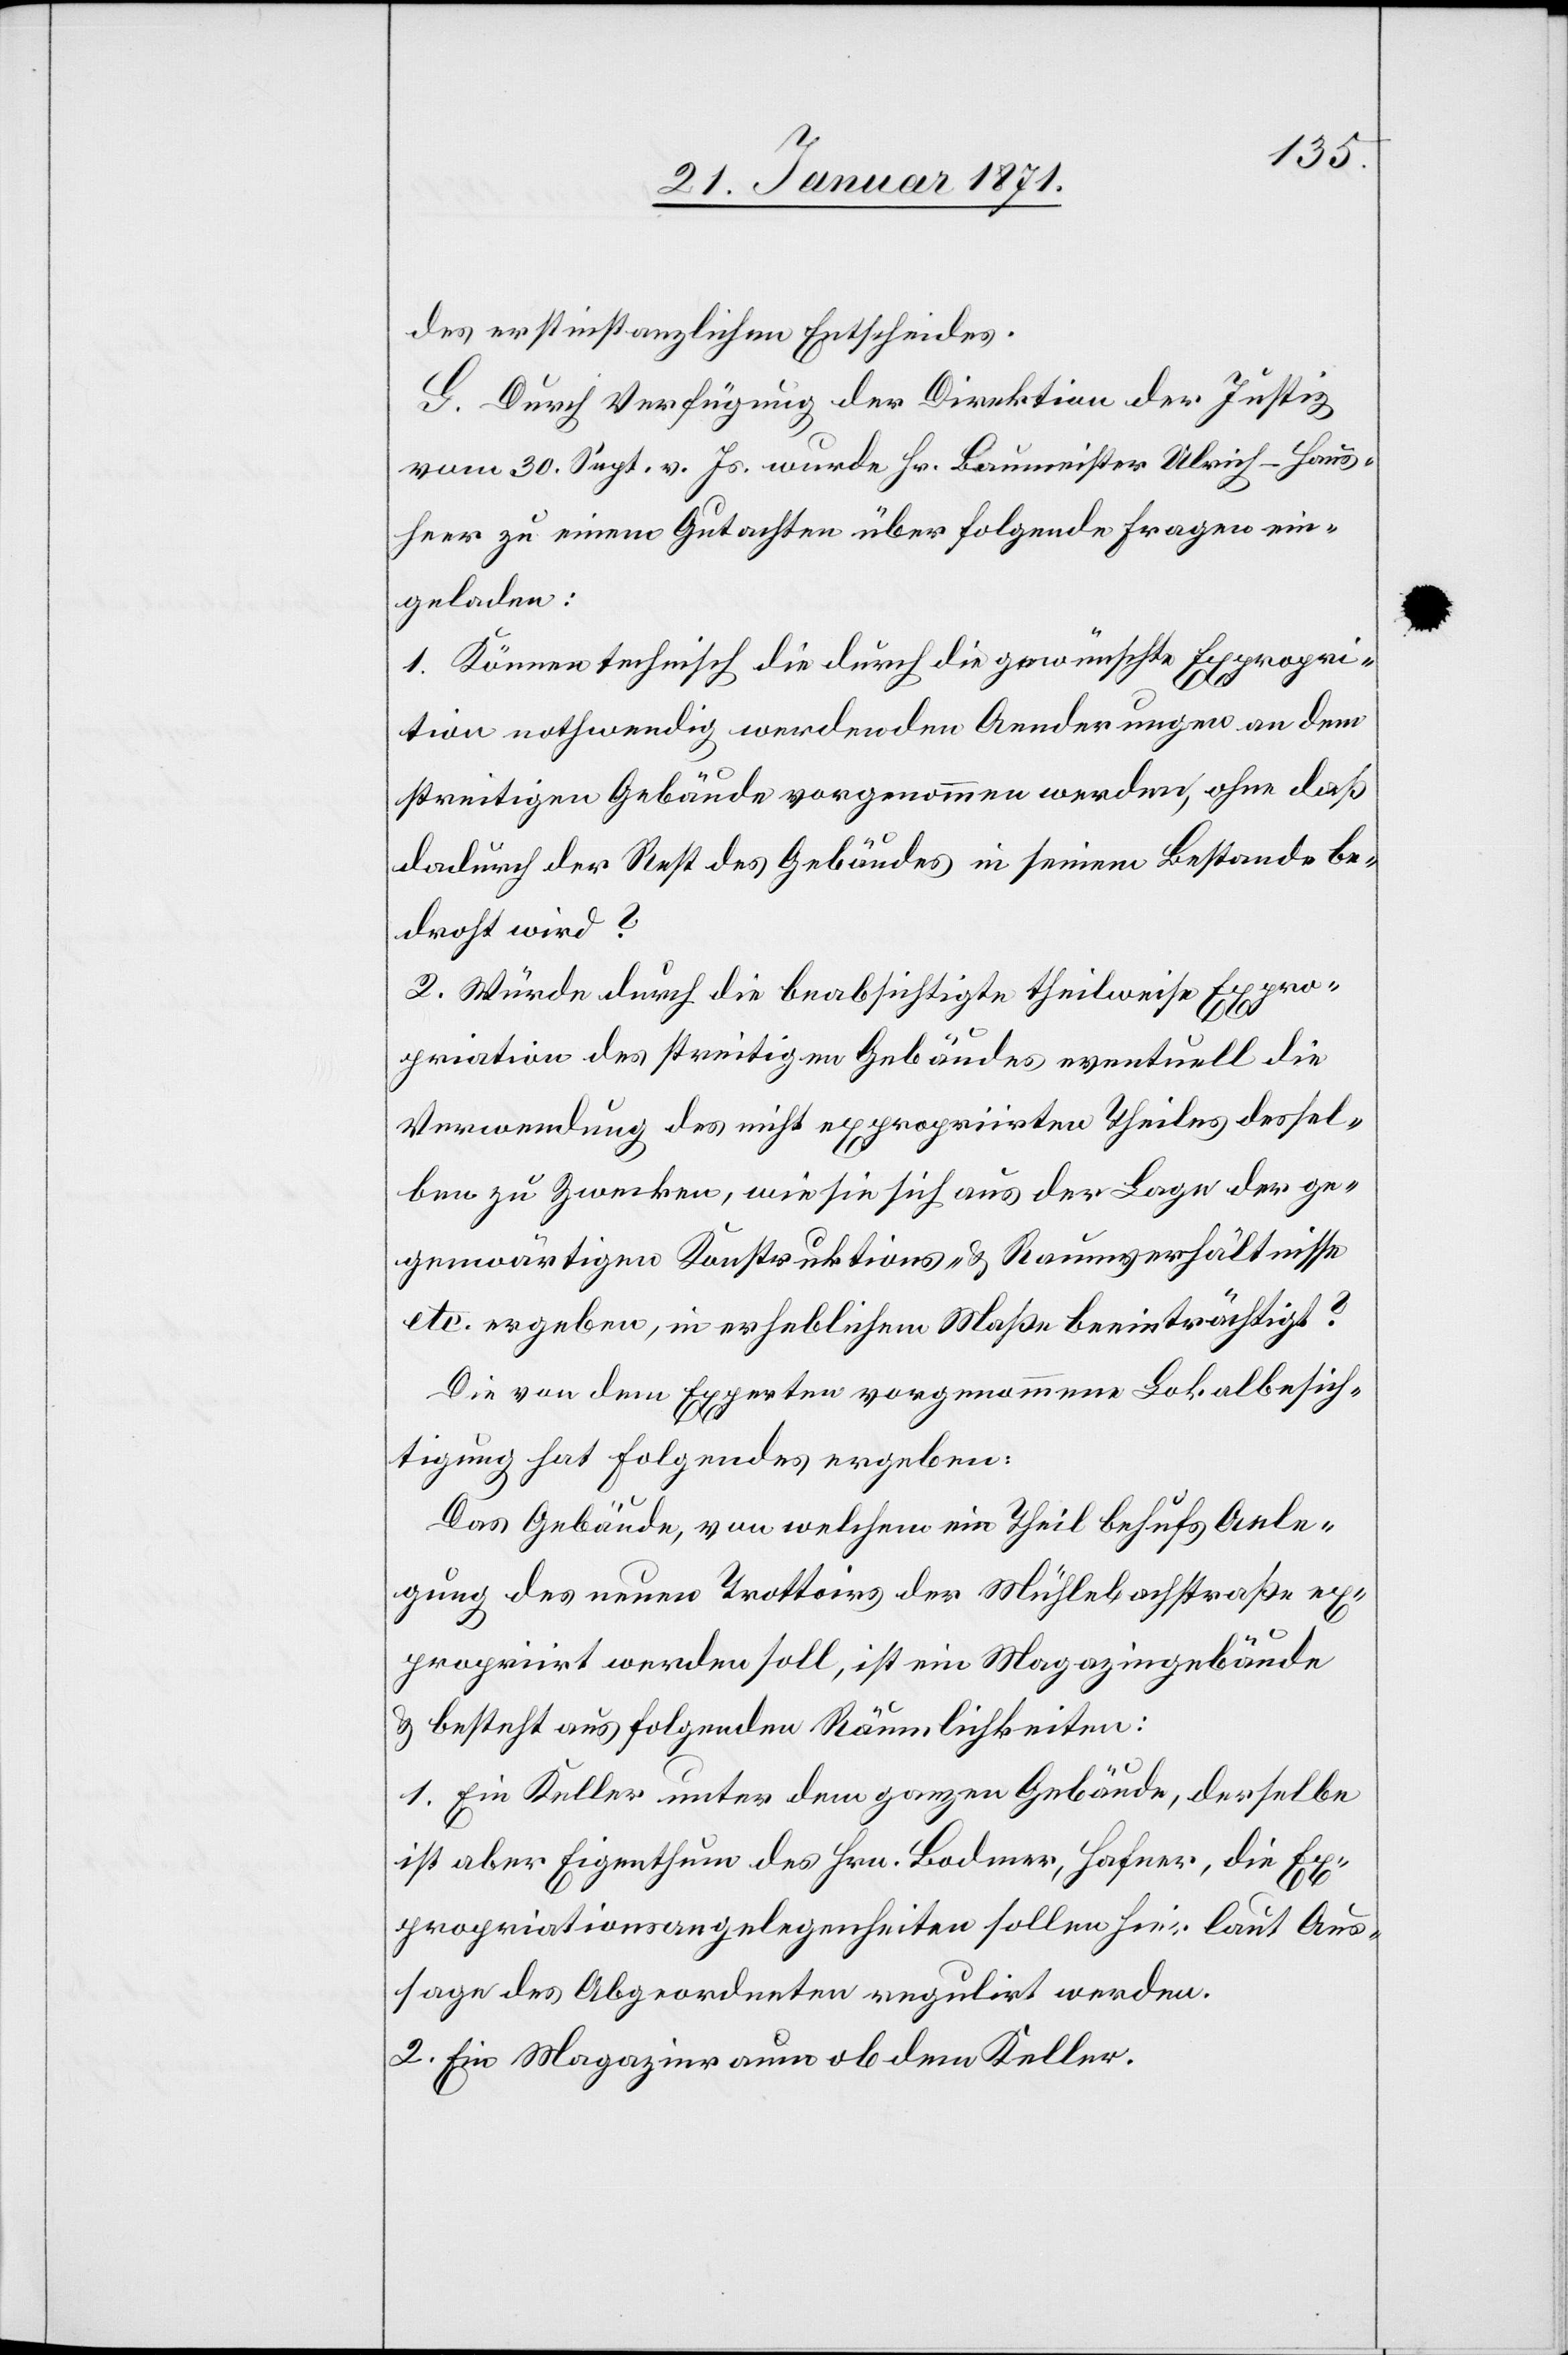
des erstinstanzlichen Entscheides.
G. Durch Verfügung der Direktion der Justiz
vom 30. Sept. v. Js. wurde Hr. Baumeister Ulrich-Haus¬
heer zu einem Gutachten über folgende Fragen ein¬
geladen:
1. Können technisch die durch die gewünschte Expropr¬
i[a]tion nothwendig werdenden Aenderungen an dem
streitigen Gebäude vorgenommen werden, ohne daß
dadurch der Rest des Gebäudes in seinem Bestande be¬
droht wird?
2. Würde durch die beabsichtigte theilweise Expro¬
priation des streitigen Gebäudes eventuell die
Verwendung des nicht expropriirten Theiles dessel¬
ben zu Zwecken, wie sie sich aus der Lage ge¬
genwärtigen Konstruktions- u. Raumverhältnisse
etc. ergeben, in erheblichem Maße beeinträchtigt?
Die von dem Experten vorgenommene Lokalbesich¬
tigung hat folgendes ergeben:
Das Gebäude, von welchem ein Theil behufs Anle¬
gung des neuen Trottoirs der Mühlebachstraße ex¬
propriirt werden soll, ist ein Magazingebäude
u. besteht aus folgenden Räumlichkeiten:
1. Ein Keller unter dem ganzen Gebäude, derselbe
ist aber Eigenthum des Hrn. Bodmer, Hafner, die Ex¬
propriationsangelegenheiten sollen hier laut Aus¬
sage des Abgeordneten regulirt werden.
2. Ein Magazinraum ob dem Keller